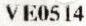
VE0514